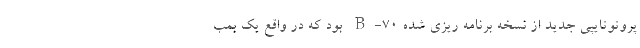
پروتوتایپی جدید از نسخه برنامه ریزی شده B-70 بود که در واقع یک بمب